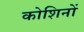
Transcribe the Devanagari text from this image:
कोशिनों